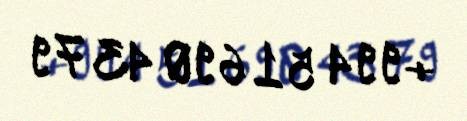
+994 51 690 43 79